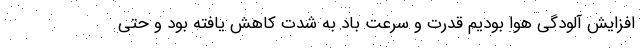
افزایش آلودگی هوا بودیم قدرت و سرعت باد به شدت کاهش یافته بود و حتی